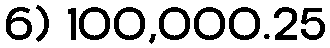
6) 100,000.25